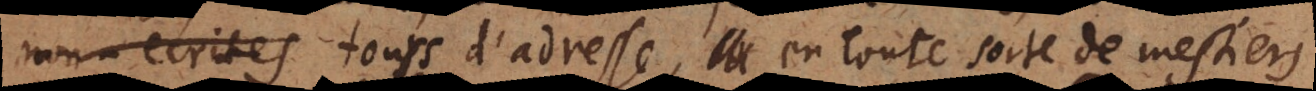
non-écrites tous d’adresse, en toute sorte de mestiers